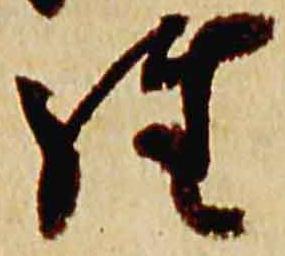
経